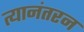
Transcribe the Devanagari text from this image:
त्यानंतरन